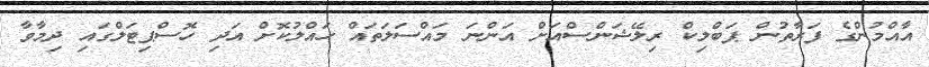
އާއްމުންގެ ފަރާތުން ޕަބްލިކް ރިލޭޝަންސްއަށް އަންނަ މައްސަލަތައް ހައްލުކޮށް އަދި ހޮސްޕިޓަލްގައި ދިމާވާ